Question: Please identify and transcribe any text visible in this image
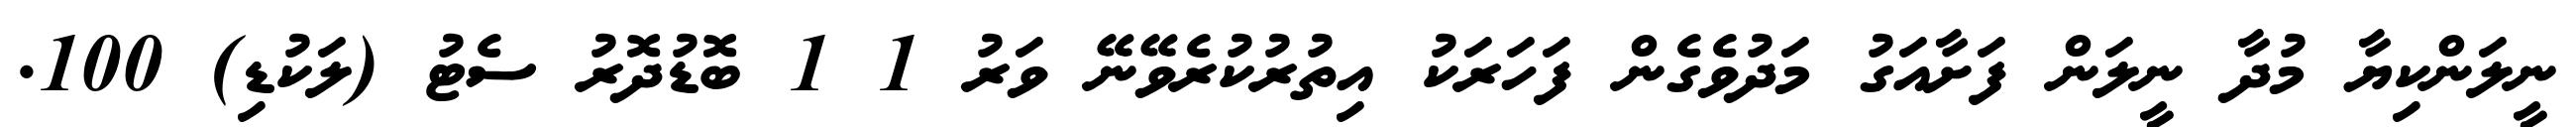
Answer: ނީލަންކިޔާ މުދާ ނީލަން ފަށާއަގު މަދުވެގެން ފަހަރަކު އިތުރުކުރެވޭނޭ ވަރު 1 1 ބޮޑުދޮރު ސެޓު (ލަކުޑި) 100.